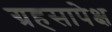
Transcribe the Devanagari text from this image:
ग्रहसापेक्ष